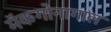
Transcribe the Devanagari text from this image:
मॅकगोनागाल